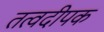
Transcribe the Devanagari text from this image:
तत्वदीपक